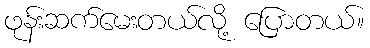
ဖုန်းဆက်မေးတယ်လို့ ပြောတယ်။